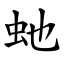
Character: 虵